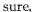
sure.